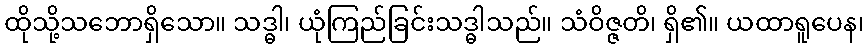
ထိုသို့သဘောရှိသော။ သဒ္ဓါ၊ ယုံကြည်ခြင်းသဒ္ဓါသည်။ သံဝိဇ္ဇတိ၊ ရှိ၏။ ယထာရူပေန၊